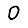
Digit: 0